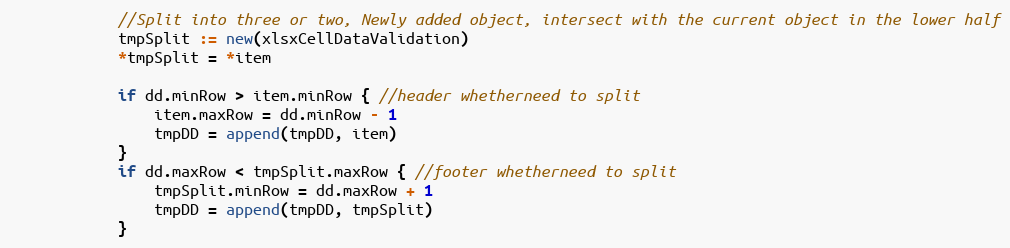
Language: Go
			//Split into three or two, Newly added object, intersect with the current object in the lower half
			tmpSplit := new(xlsxCellDataValidation)
			*tmpSplit = *item

			if dd.minRow > item.minRow { //header whetherneed to split
				item.maxRow = dd.minRow - 1
				tmpDD = append(tmpDD, item)
			}
			if dd.maxRow < tmpSplit.maxRow { //footer whetherneed to split
				tmpSplit.minRow = dd.maxRow + 1
				tmpDD = append(tmpDD, tmpSplit)
			}